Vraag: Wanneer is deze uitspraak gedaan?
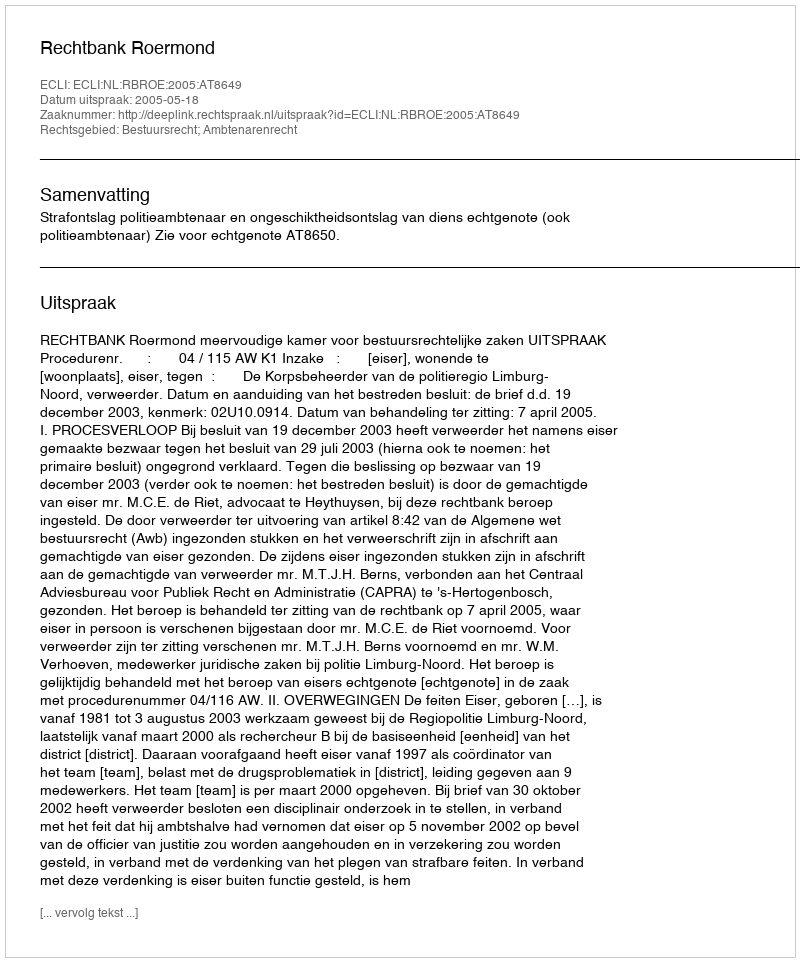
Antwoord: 2005-05-18